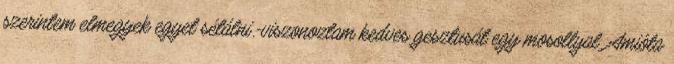
szerintem elmegyek egyet sétálni.-viszonoztam kedves gesztusát egy mosollyal. Amióta